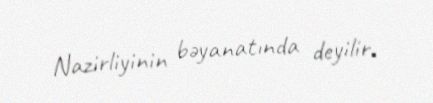
Nazirliyinin bəyanatında deyilir.